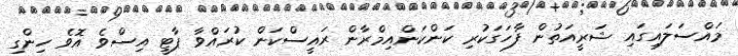
މައްސަލައިގައި ޝަރީއަތުން ފާހަގަކުރި ކަންކަންއިމްރާން ރައީސްކަން ކުރައްވާ ޕާޓީ އިސްވެ އޮވެ ހިންގި